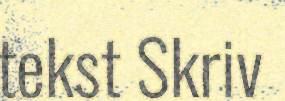
tekst Skriv